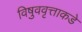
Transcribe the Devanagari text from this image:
विषुववृत्ताकडे